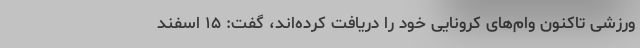
ورزشی تاکنون وام‌های کرونایی خود را دریافت کرده‌اند، گفت: ۱۵ اسفند